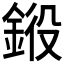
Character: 𨦯